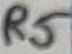
Text: R5